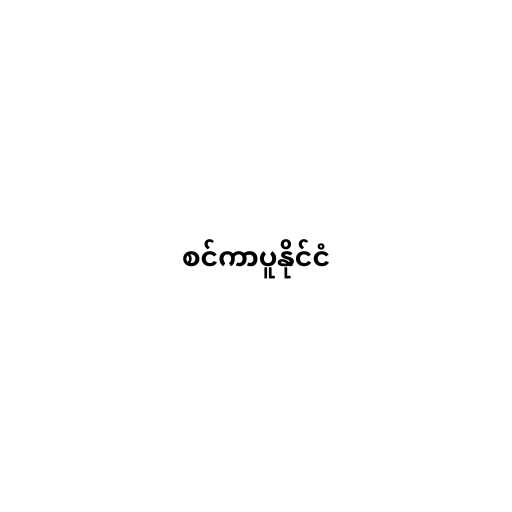
စင်ကာပူနိုင်ငံ